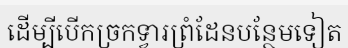
ដើម្បីបើកច្រកទ្វារព្រំដែនបន្ថែមទៀត